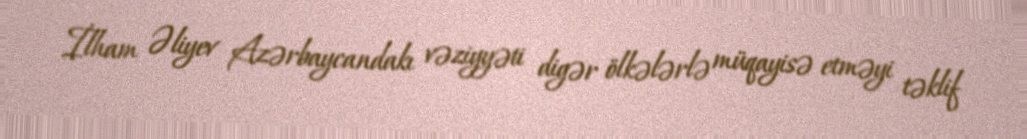
İlham Əliyev Azərbaycandakı vəziyyəti digər ölkələrlə müqayisə etməyi təklif